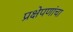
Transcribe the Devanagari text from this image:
प्रक्षेपणांचा